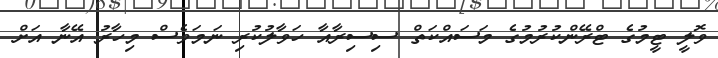
ވޮލީ ޓީމުގެ ޓްރޭންކުރުމުގެ މަސައްކަތް ސިސިރާއާ ހަވާލުކުރި ނަމަވެސް މިހާރު އޭނާ އަށް